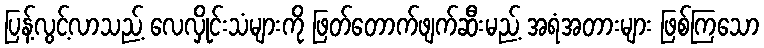
ပြန့်လွင့်လာသည့် လေလှိုင်းသံများကို ဖြတ်တောက်ဖျက်ဆီးမည့် အရံအတားများ ဖြစ်ကြသော